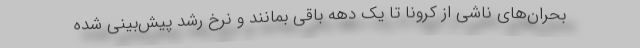
بحران‌های ناشی از کرونا تا یک دهه باقی بمانند و نرخ رشد پیش‌بینی شده